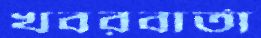
খবরবার্তা